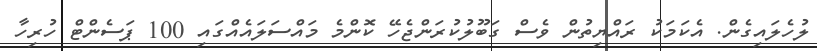
ލުހެލައިގެން. އެކަމަކު ރައްޔިތުން ވެސް ގަބޫލުކުރަންޖެހޭ ކޮންމެ މައްސަލައެއްގައި 100 ޕަސެންޓް ހުރިހާ